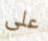
على